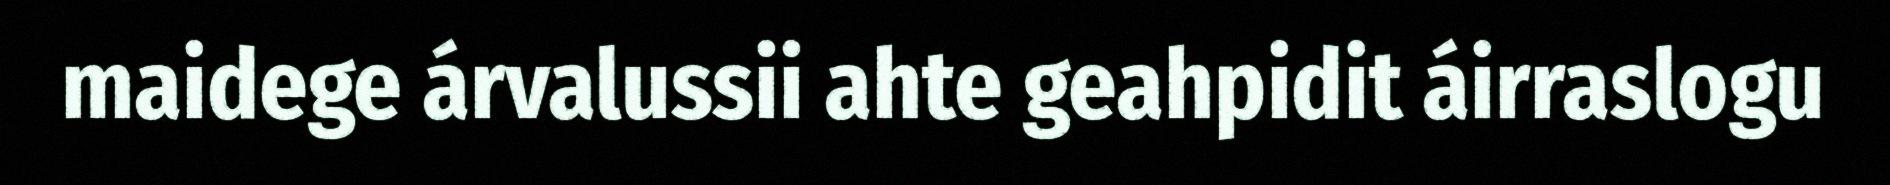
maidege árvalussii ahte geahpidit áirraslogu